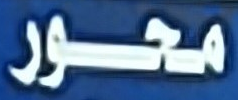
محور